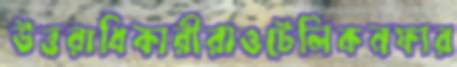
উত্তরাধিকারীরাওটেলিকনফার